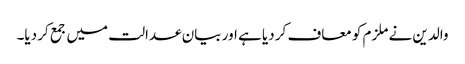
والدین نے ملزم کو معاف کر دیا ہے اور بیان عدالت میں جمع کر دیا۔